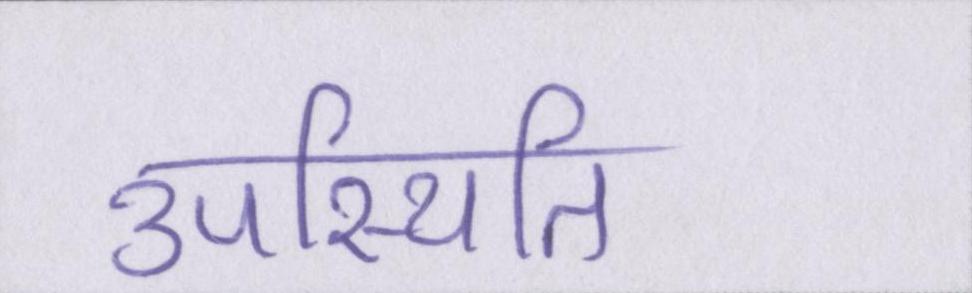
उपस्थिति